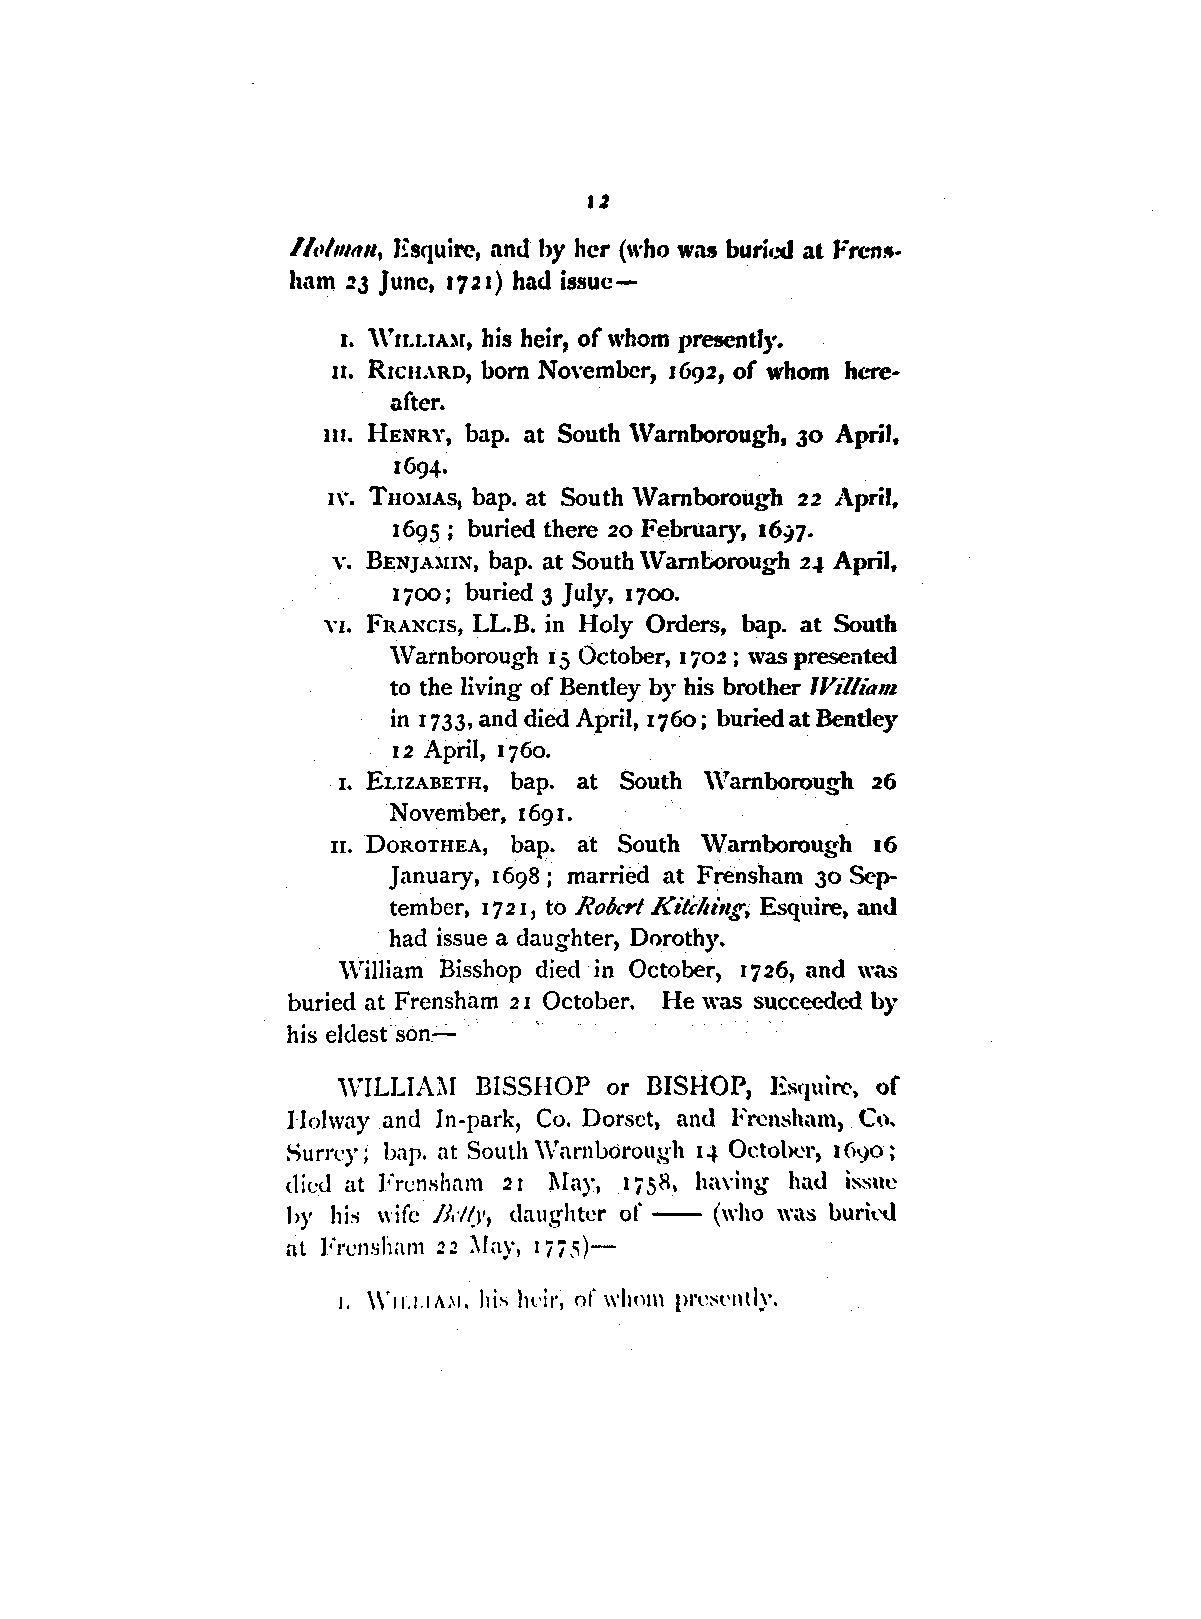
11
 /f.,/111,r11, Esquire, and by her (who was burfod at 1:reniJ
 hnm .23 June, 1721) had issue-
 r. \Vn.r.tA:u, his heir, of whom presently.
 u. RrcHARD, born November, 1692, of whom h(..-re
 after.
 111. HENRY, hap. at South \Vamborough, 30 April,
 1694.
 n·. T110:11As, hap. at South \Vamborough 22 April,
 1695; buried there 20 February, 16;,7.
 v. BENJAlIIN, hap. at South \Vamborough 2.J April,
 1700; buried 3 July, 1700.
 YI. FRANCIS, LL.B. in Holy Orders, hap. at South
 \Varnborough 15 October, 1702; was presented
 to the living of Bentley by his brother 1Vi1/ia,,,
 in 1733, and died April, 176o; buried at Bentley
 12 April, 1760.
 . 1. ELIZABETH, hap. at South \Vamborough 26
 November, 1691.
 11. DOROTHEA, bap. at South \Vamborough 16
 January, 1698; married at Frensham 30 Sep
 tember, I 7 2 I' to Ro/Jeri Kitching; Esquire, and
 had issue a daughter, Dorothy.
 \Villiam Bisshop died· in October, 1726, and was
 buried at Frensham 2 1 October. He was succeeded by
 his eldest son-
 ,vILLIAl\I BISSHOP or BISHOP, Esquil"<', of
 Holway and In-park, Co. Dorset, an<l Frcnslmm, Cc).
 Surrey; bap. at South \Vnrnborough q October, 1690;
 died at Frcnshnm 2 I I\foy, Ii 58, It.wing hu<l issue
 hy his wife /Jd~l', daughter of - (who was burkd
 at Frcnsham n :\fay, Iii ,c;)-
 1. \\'11.1.1 A.,1, his hl'ir, of whnm prc~ently.